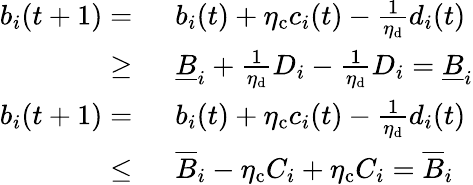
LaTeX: \begin{array}{rl}{b_{i}(t+1)=~}&{b_{i}(t)+\eta_{\mathrm{c}}c_{i}(t)-\frac{1}{\eta_{\mathrm{d}}}d_{i}(t)}\\ {\ge~}&{\underline{{B}}_{i}+\frac{1}{\eta_{\mathrm{d}}}D_{i}-\frac{1}{\eta_{\mathrm{d}}}D_{i}=\underline{{B}}_{i}}\\ {b_{i}(t+1)=~}&{b_{i}(t)+\eta_{\mathrm{c}}c_{i}(t)-\frac{1}{\eta_{\mathrm{d}}}d_{i}(t)}\\ {\le~}&{\overline{{B}}_{i}-\eta_{\mathrm{c}}C_{i}+\eta_{\mathrm{c}}C_{i}=\overline{{B}}_{i}}\end{array}